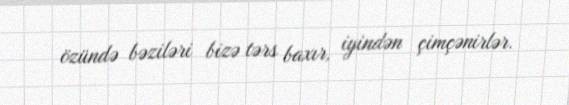
özündə bəziləri bizə tərs baxır, iyindən çimçənirlər.